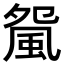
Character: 𩖿